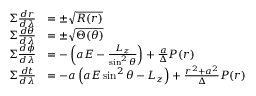
{ \begin{array} { r l } { \Sigma { \frac { d r } { d \lambda } } } & { = \pm { \sqrt { R ( r ) } } } \\ { \Sigma { \frac { d \theta } { d \lambda } } } & { = \pm { \sqrt { \Theta ( \theta ) } } } \\ { \Sigma { \frac { d \phi } { d \lambda } } } & { = - \left( a E - { \frac { L _ { z } } { \sin ^ { 2 } \theta } } \right) + { \frac { a } { \Delta } } P ( r ) } \\ { \Sigma { \frac { d t } { d \lambda } } } & { = - a \left( a E \sin ^ { 2 } \theta - L _ { z } \right) + { \frac { r ^ { 2 } + a ^ { 2 } } { \Delta } } P ( r ) } \end{array} }